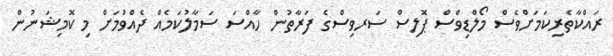
ރައްކާތެރިކަމަށްވެސް މޯލްޑިވްސް ޕޮލިސް ސަރވިސްގެ ފަރާތުން ހާއްސަ ސަމާލުކަމެއް ދެއްވުމަށް މި ކޮމިޝަނުން